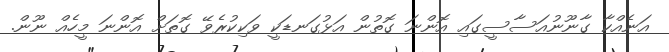
އަނެއްކާ ގާނޫނުއަސާސީގައި އޮންނަ ގޮތުން އަޅުގަނޑަކީ ވަކިކުރެވޭ ގޮތަށް އޮންނަ މީހެއް ނޫން.